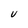
Character: V